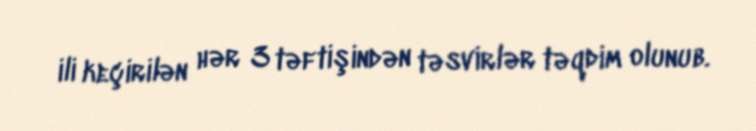
ili keçirilən hər 3 təftişindən təsvirlər təqdim olunub.